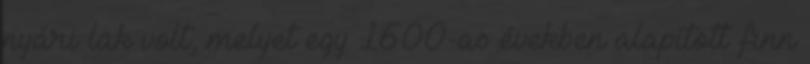
nyári lak volt, melyet egy 1600-as években alapított finn